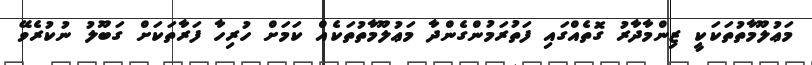
މަޢުލޫމާތުތަކަކީ ޒިންމާދާރު ގޮތެއްގައި ފަތުރަމުންގެންދާ މަޢުލޫމާތުތަކެއް ކަމަށް ހުރިހާ ފަރާތަކަށް ގަބޫލު ނުކުރެވޭ